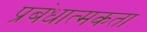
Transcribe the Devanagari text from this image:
प्रबंधात्मकता